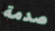
صدمة